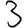
Digit: 3